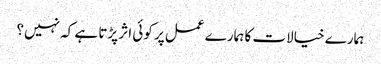
ہمارے خیالات کا ہمارے عمل پر کوئی اثر پڑتا ہے کہ نہیں؟